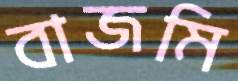
বাজমি